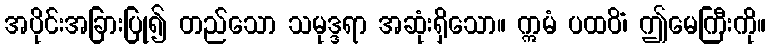
အပိုင်းအခြားပြု၍ တည်သော သမုဒ္ဒရာ အဆုံးရှိသော။ ဣမံ ပထဝိံ၊ ဤမေကြီးကို။